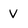
Character: V